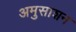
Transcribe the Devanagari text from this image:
अमुसाशन